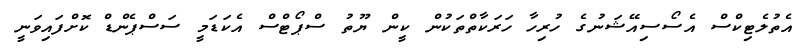
އެތުލެޓިކްސް އެސޯސިއޭޝަނުގެ ހުރިހާ ހަރަކާތްތަކުން ކީން ޔޫތު ސްޕޯޓްސް އެކަޑަމީ ސަސްޕެންޑް ކޮށްފައިވަނީ